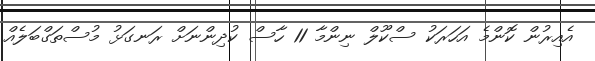
އެއިރުން ކޮންމެ އަހަރަކު ސްކޫލް ނިންމާ 11 ހާސް ކުދިންނަށް ރަނގަޅު މުސްތަގްބަލެއް